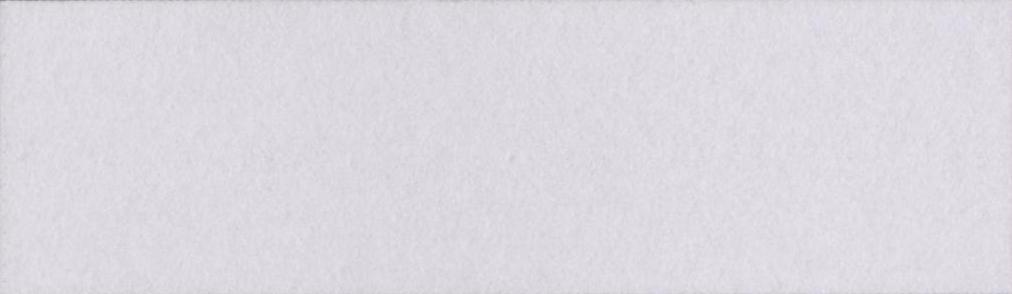
खरमिटाव